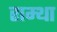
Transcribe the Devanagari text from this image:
राम्था